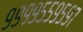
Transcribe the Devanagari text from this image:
९९९९५५९५९७